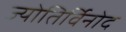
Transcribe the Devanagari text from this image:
ज्योतिर्विनोद